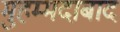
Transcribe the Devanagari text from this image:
मुहम्‍मदाबाद